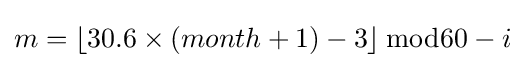
m=\left\lfloor {30.6\times (month+1)}-3\right\rfloor {\bmod {6}}0-i